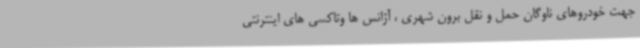
جهت خودروهای ناوگان حمل و نقل برون شهری ، آژانس ها وتاکسی های اینترنتی